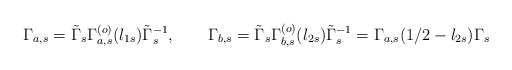
\begin{align*}\Gamma_{ a,s}=\tilde\Gamma_s\Gamma_{ a ,s}^{(o)}(l_{1s}) \tilde\Gamma_s^{-1}, \qquad \Gamma_{b ,s}=\tilde\Gamma_s\Gamma_{b ,s}^{(o)}(l_{2s}) \tilde\Gamma_s^{-1}= \Gamma_{ a,s}({1/2}-l_{2s})\Gamma_s\qquad\end{align*}